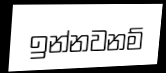
ඉන්නවනම්